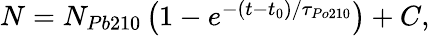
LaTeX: \begin{array}{r}{N=N_{Pb210}\left(1-e^{-(t-t_{0})/\tau_{Po210}}\right)+C,}\end{array}